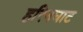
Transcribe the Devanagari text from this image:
हरिनघाट